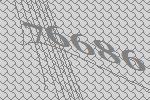
76686